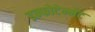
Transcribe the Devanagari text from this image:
इन्फोटेन्मेंट